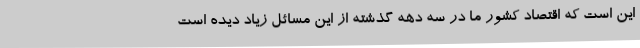
این است که اقتصاد کشور ما در سه دهه گذشته از این مسائل زیاد دیده است